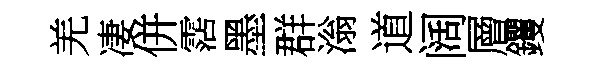
羌凄併霑墨群滃道阔層钁